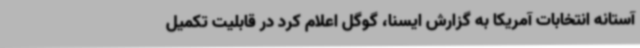
آستانه انتخابات آمریکا به گزارش ایسنا، گوگل اعلام کرد در قابلیت تکمیل